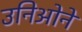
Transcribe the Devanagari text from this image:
उनिओने